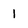
Character: l